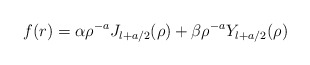
\begin{align*}f(r) = \alpha \rho^{-a} J_{l+a/2}(\rho ) +\beta \rho^{-a} Y_{l+a/2}(\rho ) \,\end{align*}